Report on vaccination in the Province of Bengal - 1874-1889
Year: 1874
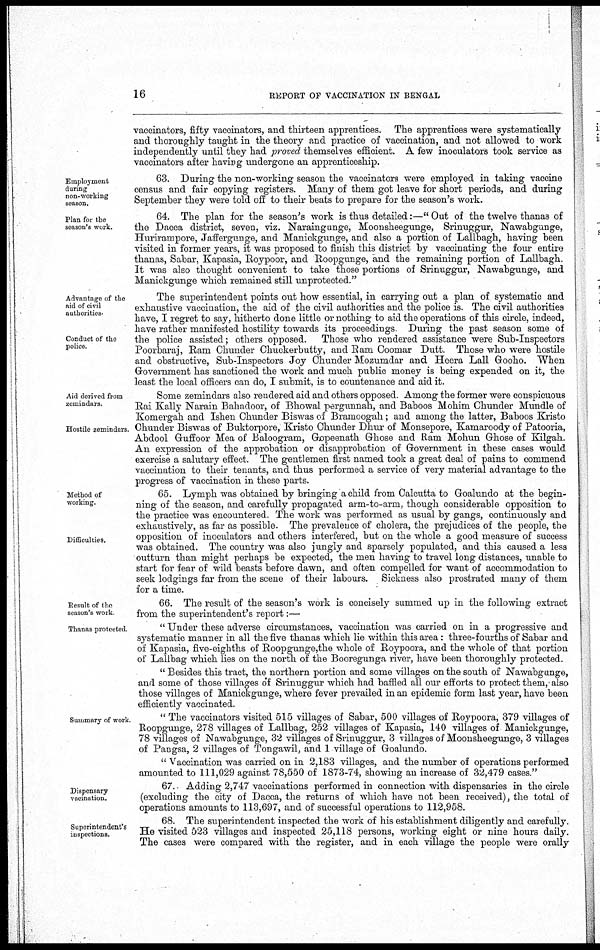
16
REPORT OF VACCINATION IN BENGAL
vaccinators, fifty vaccinators, and thirteen apprentices. The apprentices were systematically
and thoroughly taught in the theory and practice of vaccination, and not allowed to work
independently until they had proved themselves efficient. A few inoculators took service as
vaccinators after having undergone an apprenticeship.
Employment
during
non-working
season.
63. During the non-working season the vaccinators were employed in taking vaccine
census and fair copying registers. Many of them got leave for short periods, and during
September they were told off to their beats to prepare for the season's work.
Plan for the
season's work.
64. The plan for the season's work is thus detailed:—" Out of the twelve thanas of
the Dacca district, seven, viz. Naraingunge, Moonsheegunge, Srinuggur, Nawabgunge,
Hurirampore, Jaffergunge, and Manickgunge, and also a portion of Lallbagh, having been
visited in former years, it was proposed to finish this district by vaccinating the four entire
thanas, Sabar, Kapasia, Roypoor, and Roopgunge, and the remaining portion of Lallbagh.
It was also thought convenient to take those portions of Srinuggur, Nawabgunge, and
Manickgunge which remained still unprotected."
Advantage of the
aid of civil
authorities.
Conduct of the
police.
The superintendent points out how essential, in carrying out a plan of systematic and
exhaustive vaccination, the aid of the civil authorities and the police is. The civil authorities
have, I regret to say, hitherto done little or nothing to aid the operations of this circle, indeed,
have rather manifested hostility towards its proceedings During the past season some of
the police assisted; others opposed. Those who rendered assistance were Sub-Inspectors
Poorbaraj, Ram Chunder Chuckerbutty, and Ram Coomar Dutt. Those who were hostile
and obstructive, Sub-Inspectors Joy Chunder Mozumdar and Heera Lall Gooho. When
Government has sanctioned the work and much public money is being expended on it, the
least the local officers can do, I submit, is to countenance and aid it.
Aid derived from
zemindars.
Hostile zemindars.
Some zemindars also rendered aid and others opposed Among the former were conspicuous
Rai Kally Narain Bahadoor, of Bhowal pergunnah, and Baboos Mohim Chunder Mundle of
Komergah and Ishen Chunder Biswas of Bramoogah; and among the latter, Baboos Kristo
Chunder Biswas of Buktorpore, Kristo Chunder Dhur of Monsepore, Kamaroody of Patooria,
Abdool Guffoor Mea of Baloogram, Gopeenath Ghose and Ram Mohun Ghose of Kilgah.
An expression of the approbation or disapprobation of Government in these cases would
exercise a salutary effect. The gentlemen first named took a great deal of pains to commend
vaccination to their tenants, and thus performed a service of very material advantage to the
progress of vaccination in these parts.
Method of
working.
Difficulties.
65. Lymph was obtained by bringing a child from Calcutta to Goalundo at the begin-
ning of the season, and carefully propagated arm-to-arm, though considerable opposition to
the practice was encountered. The work was performed as usual by gangs, continuously and
exhaustively, as far as possible. The prevalence of cholera, the prejudices of the people, the
opposition of inoculators and others interfered, but on the whole a good measure of success
was obtained. The country was also jungly and sparsely populated, and this caused a less
outturn than might perhaps be expected, the men having to travel long distances, unable to
start for fear of wild beasts before dawn, and often compelled for want of accommodation to
seek lodgings far from the scene of their labours. Sickness also prostrated many of them
for a time.
Result of the
season's work
66. The result of the season's work is concisely summed up in the following extract
from the superintendent's report:—
Thanas protected
" Under these adverse circumstances, vaccination was carried on in a progressive and
systematic manner in all the five thanas which lie within this area: three-fourths of Sabar and
of Kapasia, five-eighths of Roopgunge,the whole of Roypoora, and the whole of that portion
of Lallbag which lies on the north of the Booregunga river, have been thoroughly protected.
" Besides this tract, the northern portion and some villages on the south of Nawabgunge,
and some of those villages of Srinuggur which had baffled all our efforts to protect them, also
those villages of Manickgunge, where fever prevailed in an epidemic form last year, have been
efficiently vaccinated.
Summary of work.
" The vaccinators visited 515 villages of Sabar, 500 villages of Roypoora, 379 villages of
Roopgunge, 278 villages of Lallbag, 252 villages of Kapasia, 140 villages of Manickgunge,
78 villages of Nawabgunge, 32 villages of Srinuggur, 3 villages of Moonsheegunge, 3 villages
of Pangsa, 2 villages of Tongawil, and 1 village of Goalundo.
" Vaccination was carried on in 2,183 villages, and the number of operations performed
amounted to 111,029 against 78,550 of 1873-74, showing: an increase of 32,479 cases."
Dispensary
vacination.
67. Adding 2,747 vaccinations performed in connection with dispensaries in the circle
(excluding the city of Dacca, the returns of which have not been received), the total of
operations amounts to 113,697, and of successful operations to 112,958.
Superintendent's
inspections.
68. The superintendent inspected the work of his establishment diligently and carefully.
He visited 523 villages and inspected 25,118 persons, working eight or nine hours daily.
The cases were compared with the register, and in each village the people were orally